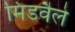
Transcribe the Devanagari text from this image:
मिडवैले